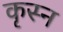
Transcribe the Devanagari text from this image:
कृस्न